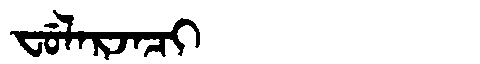
Manchu: ᠸᡠᠯᠠᡵᠵᠠᠴᡳ
Romanization: FULARJACI